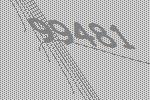
99481